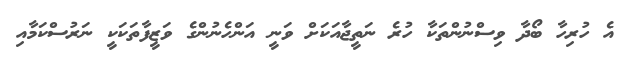
އެ ހުރިހާ ބޯދާ ވިސްނުންތަކާ ހުރެ ނަތީޖާއަކަށް ވަނީ އަންހެނުންގެ ވަޒީފާތަކަކީ ނަރުސްކަމާއި